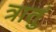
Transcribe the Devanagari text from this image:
त्रातुं